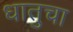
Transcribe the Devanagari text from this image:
धातुचा